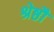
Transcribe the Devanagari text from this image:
श्रेष्ठौ